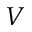
\boldsymbol { V }